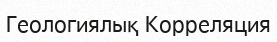
Геологиялық Корреляция